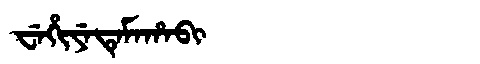
Manchu: ᠸᡝᡥᡳᠶᡝᡨᡝᠮᠠᡥᠠᠪᡳ
Romanization: WEHIYETEMAHABI